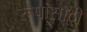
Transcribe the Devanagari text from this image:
रूपांसाठी